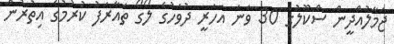
ޖަމާލުއްދީން ސްކޫލުގެ 30 ވަނަ އަހަރީ ދުވަހުގެ ލޯގޯ ތައާރަފު ކުރުމުގެ އިތުރުން